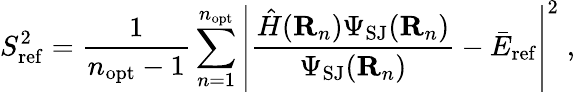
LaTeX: S_{\mathrm{ref}}^{2}=\frac 1{n_{\mathrm{opt}}-1}\sum_{n=1}^{n_{\mathrm{opt}}}\left|\frac{\hat{H}({\mathbf R}_{n})\Psi_{\mathrm{SJ}}({\mathbf R}_{n})}{\Psi_{\mathrm{SJ}}({\mathbf R}_{n})}-{\bar{E}}_{\mathrm{ref}}\right|^{2}\; ,